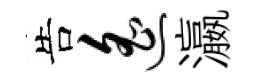
告遥瀛